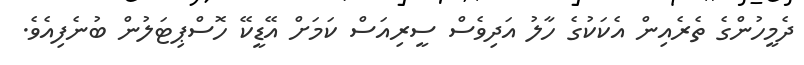
ދެމީހުންގެ ތެރެއިން އެކަކުގެ ހާލު އަދިވެސް ސީރިއަސް ކަމަށް އޭޑީކޭ ހޮސްޕިޓަލުން ބުނެފިއެވެ.